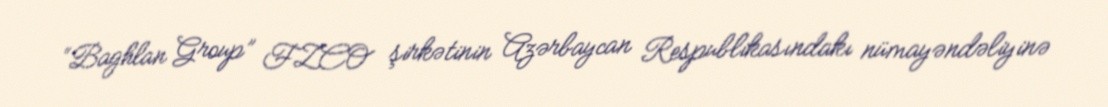
“Baghlan Group” FZCO şirkətinin Azərbaycan Respublikasındakı nümayəndəliyinə